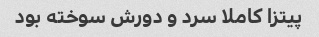
پیتزا کاملا سرد و دورش سوخته بود